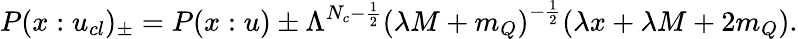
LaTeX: P(x:u_{cl})_{\pm}=P(x:u)\pm\Lambda^{N_{c}-\frac{1}{2}}{(\lambda M+m_{Q})}^{-\frac{1}{2}}(\lambda x+\lambda M+2m_{Q}).